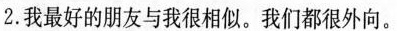
2. 我最好的朋友与我很相似。我们都很外向。